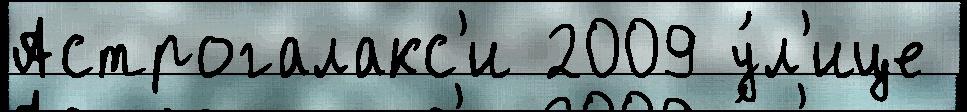
Астрогалакс'и 2009 у́л'ице